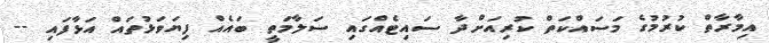
އިމާރާތް ކުރުމުގެ މަސައްކަތް ކުރިއަށްދާ ސައިޓެއްގައި ސަލާމަތީ ބައެއް ފިޔަވަޅުތައް އަޅާފައި --